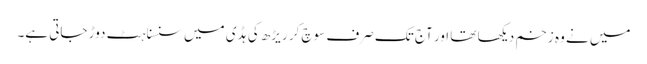
میں نے وہ زخم دیکھا تھا اور آج تک صرف سوچ کر ریڑھ کی ہڈی میں سنسناہٹ دوڑ جاتی ہے۔